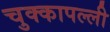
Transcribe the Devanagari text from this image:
चुक्कापल्ली